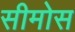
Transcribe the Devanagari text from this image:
सीमोस